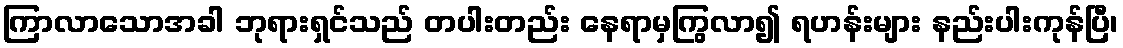
ကြာလာသောအခါ ဘုရားရှင်သည် တပါးတည်း နေရာမှကြွလာ၍ ရဟန်းများ နည်းပါးကုန်ပြီ၊